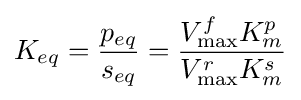
K_{eq}={\frac {p_{eq}}{s_{eq}}}={\frac {V_{\max }^{f}K_{m}^{p}}{V_{\max }^{r}K_{m}^{s}}}